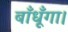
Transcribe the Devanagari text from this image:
बाँधूँगा।